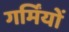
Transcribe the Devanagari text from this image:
गर्मिंयों